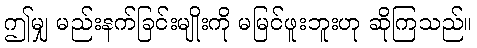
ဤမျှ မည်းနက်ခြင်းမျိုးကို မမြင်ဖူးဘူးဟု ဆိုကြသည်။